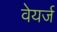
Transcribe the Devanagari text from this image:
वेयर्ज